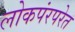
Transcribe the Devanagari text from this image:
लोकपंरपरेत